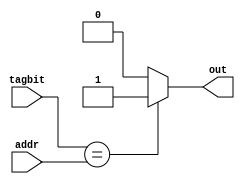
module compare(tagbit,addr,out);
input [5:0]tagbit,addr;
output out;
reg out;
 


always@*
begin
if(tagbit==addr)
  begin
  out=1'b1;
  end
else
  begin
  out=1'b0;
  end
end


endmodule